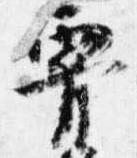
腰